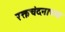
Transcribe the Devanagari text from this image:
रक्तचंदनाच्या